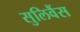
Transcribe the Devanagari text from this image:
सुलिवैंस